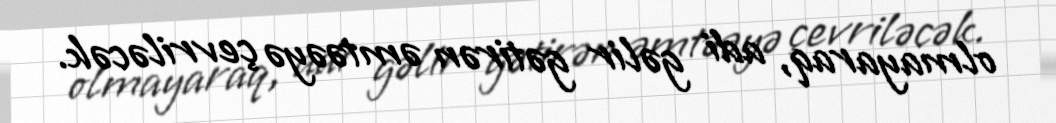
olmayaraq, adi gəlir gətirən əmtəəyə çevriləcək.